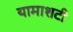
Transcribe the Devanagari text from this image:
यामाशटी